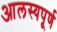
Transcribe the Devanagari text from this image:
आलस्यपूर्ण